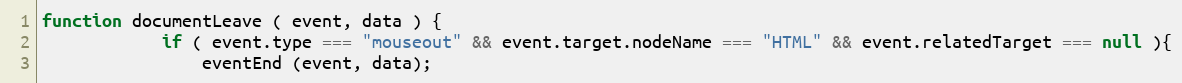
Language: JavaScript
function documentLeave ( event, data ) {
            if ( event.type === "mouseout" && event.target.nodeName === "HTML" && event.relatedTarget === null ){
                eventEnd (event, data);